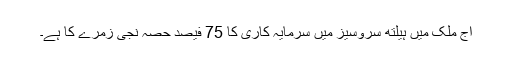
آج ملک میں ہیلتھ سروسیز میں سرمایہ کاری کا 75 فیصد حصہ نجی زمرے کا ہے۔